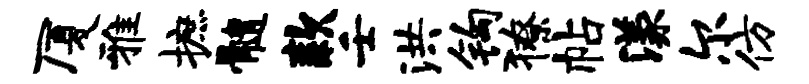
厦雅摭髓款壬洪钩獠帖漾尔仿